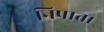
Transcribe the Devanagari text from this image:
निपात।